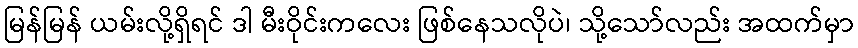
မြန်မြန် ယမ်းလို့ရှိရင် ဒါ မီးဝိုင်းကလေး ဖြစ်နေသလိုပဲ၊ သို့သော်လည်း အထက်မှာ